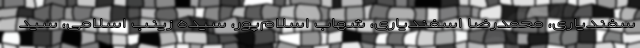
سفندیاری، محمدرضا اسفندیاری، شهاب اسلام‌پور، سیده زینب اسلامی، سید